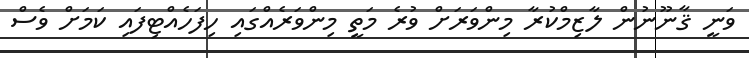
ވަނީ ޤާނޫނުން ލާޒިމްކުރާ މިންވަރަށް ވުރެ މަތީ މިންވަރެއްގައި ހިފަހެއްޓިފައި ކަމަށް ވެސް